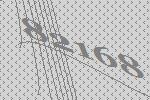
82168